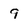
Character: 9